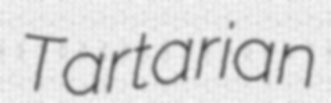
Tartarian